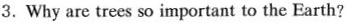
3.Why are trees so important to the Earth?